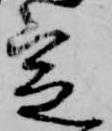
定